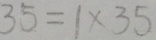
3 5 = 1 \times 3 5